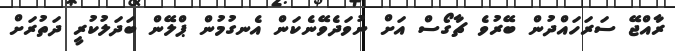
ރާއްޖޭ ސަރަހައްދުން ބޭރުވެ ޗާގޯސް އަށް ނުވަދެވޭނެކަން އެނގުމުން ޕްލޭން ބަދަލުކުރީ ދަތުރަށް